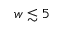
w \lesssim 5